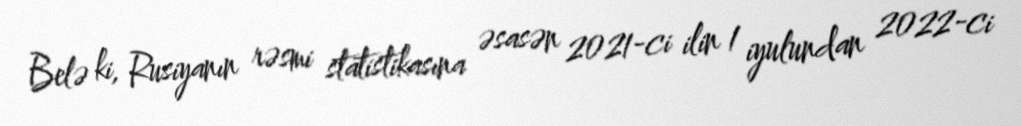
Belə ki, Rusiyanın rəsmi statistikasına əsasən 2021-ci ilin 1 iyulundan 2022-ci